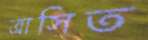
ত্রাসিত